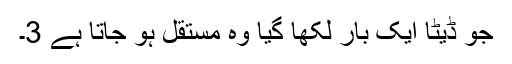
جو ڈیٹا ایک بار لکھا گیا وہ مستقل ہو جاتا ہے 3۔